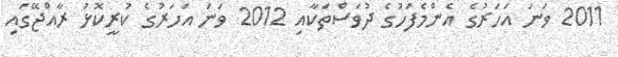
2011 ވަނަ އަހަރުގެ އެންމެފަހުގެ ދުވަސްތަކާއި 2012 ވަނަ އަހަރުގެ ކުރީކޮޅު ރާއްޖޭގައި